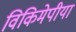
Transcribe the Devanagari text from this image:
विकिमेपीया